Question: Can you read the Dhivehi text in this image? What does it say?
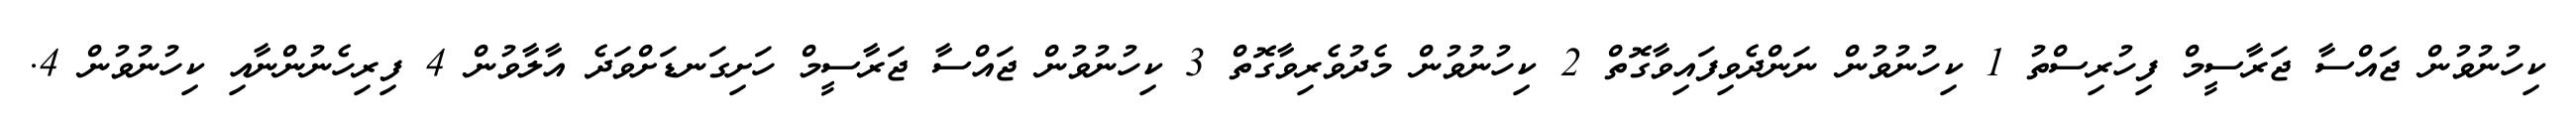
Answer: ކިހުނުވުން ޖައްސާ ޖަރާސީމް ފިހުރިސްތު 1 ކިހުނުވުން ނަންދެވިފައިވާގޮތް 2 ކިހުނުވުން މެދުވެރިވާގޮތް 3 ކިހުނުވުން ޖައްސާ ޖަރާސީމް ހަށިގަނޑަށްވަދެ އާލާވުން 4 ފިރިހެނުންނާއި ކިހުނުވުން 4.